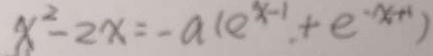
x ^ { 2 } - 2 x = - a ( e ^ { x - 1 } + e ^ { - x + 1 } )